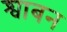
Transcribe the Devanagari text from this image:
श्वाबन